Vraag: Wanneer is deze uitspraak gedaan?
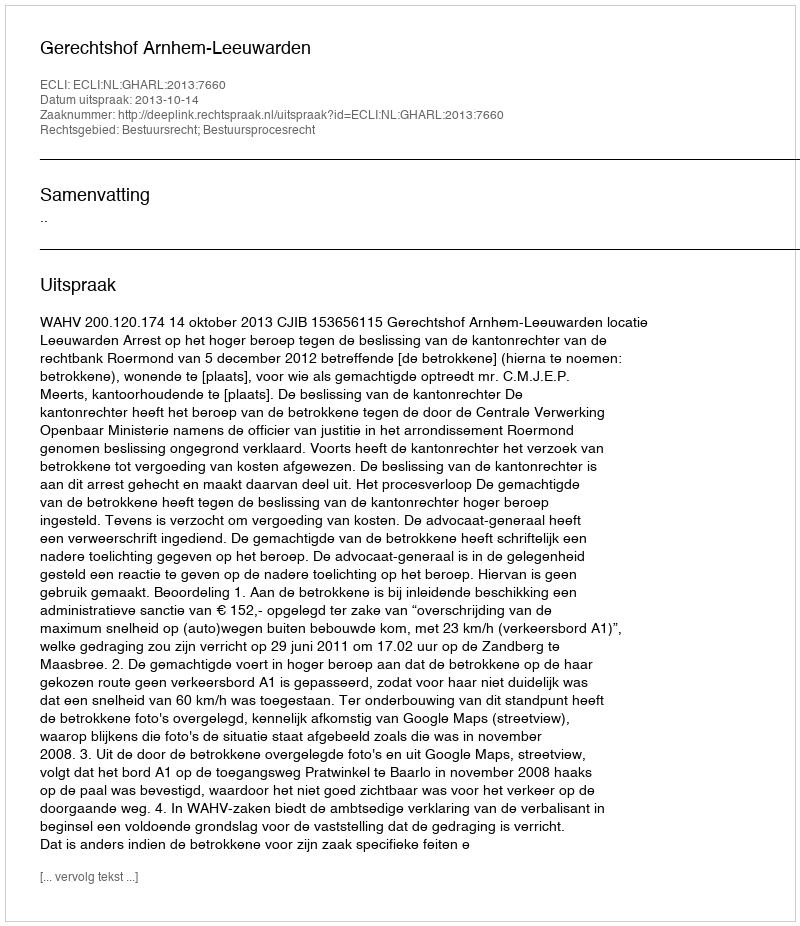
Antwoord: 2013-10-14